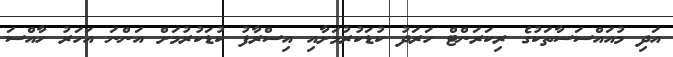
އަދި މުއައްސަސާތަކުގެ ރިކަރަންޓް ހަރަދު ކުޑަކުރުމަށާއި އިސްރާފު ކުޑަކުރުމަށް އަންނަ އަހަރު ހާއްސަ